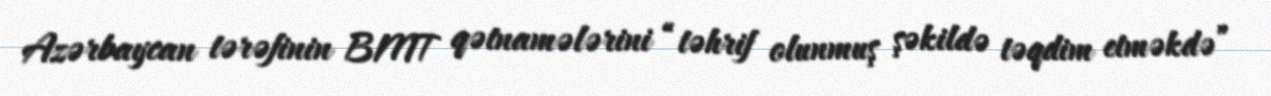
Azərbaycan tərəfinin BMT qətnamələrini “təhrif olunmuş şəkildə təqdim etməkdə”